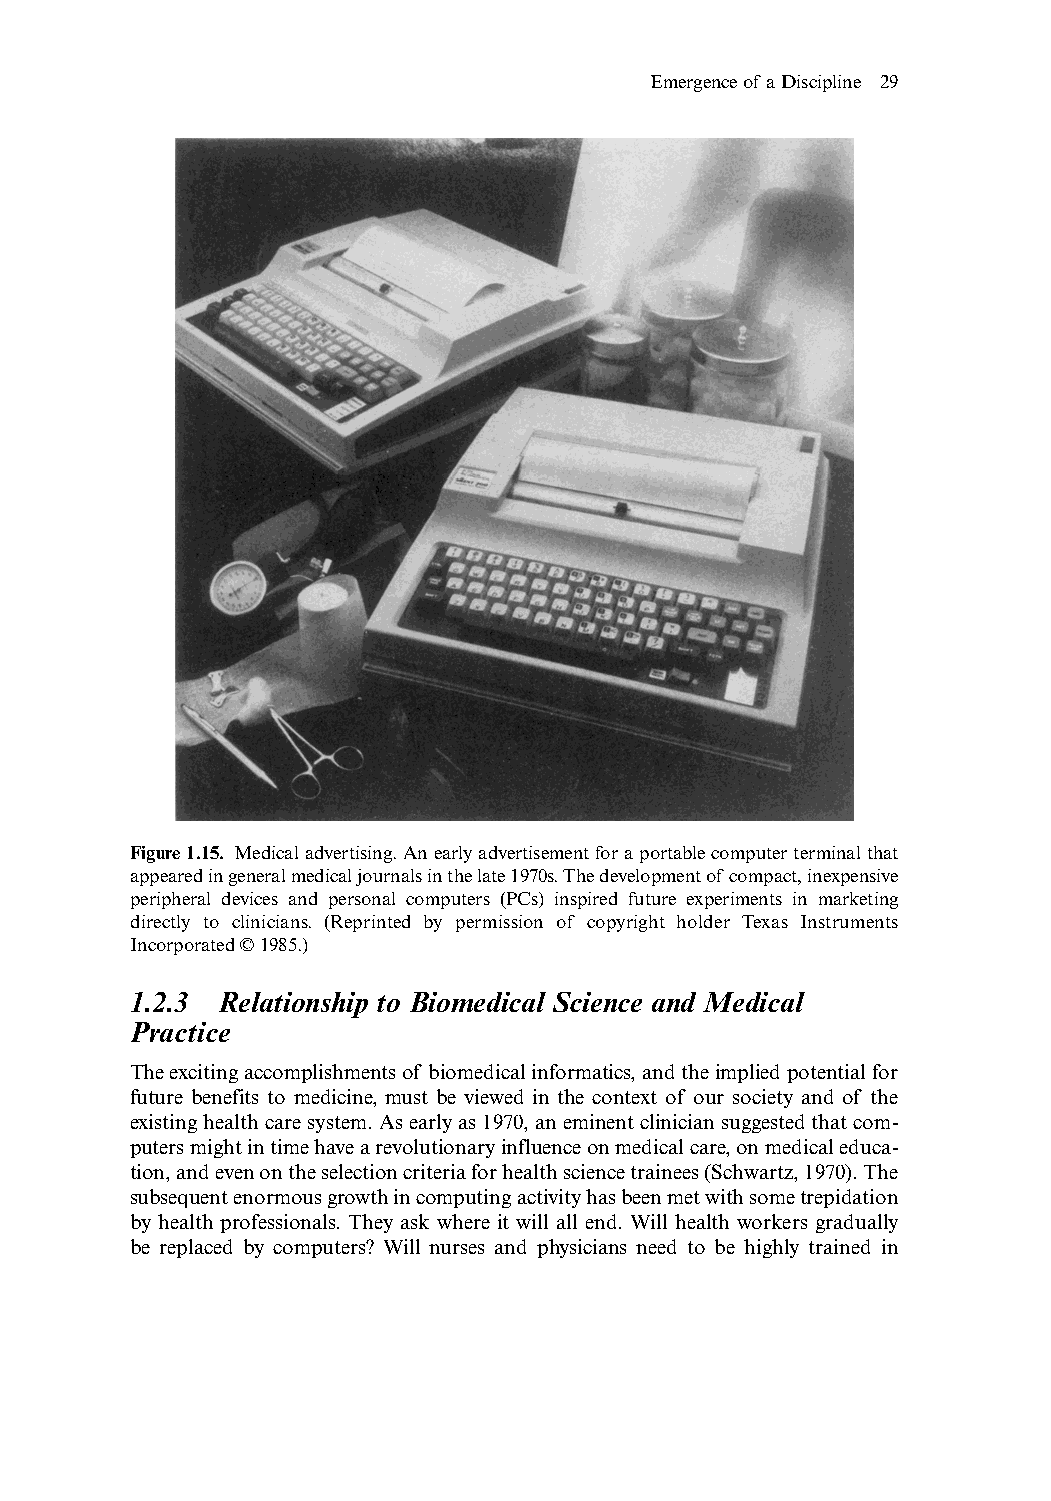
Emergence of a Discipline 29
 Figure 1.15. Medical advertising.An early advertisement for a portable computer terminal that
 appeared in general medical journals in the late 1970s.The development of compact,inexpensive
 peripheral devices and personal computers (PCs) inspired future experiments in marketing
 directly to clinicians. (Reprinted by permission of copyright holder Texas Instruments
 Incorporated © 1985.)
 1.2.3 Relationship to Biomedical Science and Medical
 Practice
 The exciting accomplishments of biomedical informatics,and the implied potential for
 future benefits to medicine, must be viewed in the context of our society and of the
 existing health care system.As early as 1970,an eminent clinician suggested that com-
 puters might in time have a revolutionary influence on medical care,on medical educa-
 tion,and even on the selection criteria for health science trainees (Schwartz,1970).The
 subsequent enormous growth in computing activity has been met with some trepidation
 by health professionals. They ask where it will all end. Will health workers gradually
 be replaced by computers? Will nurses and physicians need to be highly trained in